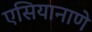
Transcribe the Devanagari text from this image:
एसियानाणे